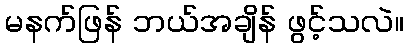
မနက်ဖြန် ဘယ်အချိန် ဖွင့်သလဲ။